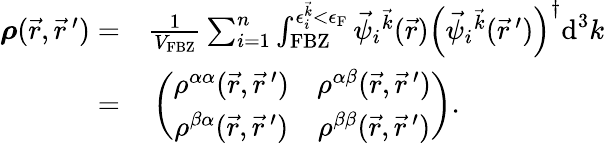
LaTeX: \begin{array}{rl}{\boldsymbol{\rho}(\vec{r},\vec{r}\, ^{\prime})=}&{{}\frac{1}{V_{\textrm{FBZ}}}\sum_{i=1}^{n}\int_{\textrm{FBZ}}^{\epsilon_{i}^{\vec{k}}<\epsilon_{\textrm{F}}}\vec{\psi}_{i}{^{\vec{k}}}(\vec{r})\left(\vec{\psi}_{i}{^{\vec{k}}}(\vec{r}\, ^{\prime})\right)^{\dagger}\textrm{d}^{3}k}\\ {=}&{{}\left(\begin{array}{cc}{\rho^{\alpha\alpha}(\vec{r},\vec{r}\, ^{\prime})}&{\rho^{\alpha\beta}(\vec{r},\vec{r}\, ^{\prime})}\\ {\rho^{\beta\alpha}(\vec{r},\vec{r}\, ^{\prime})}&{\rho^{\beta\beta}(\vec{r},\vec{r}\, ^{\prime})}\end{array}\right).}\end{array}